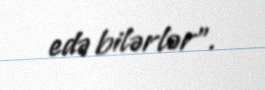
edə bilərlər”.